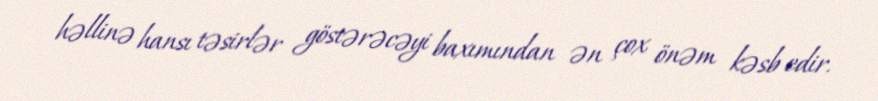
həllinə hansı təsirlər göstərəcəyi baxımından ən çox önəm kəsb edir.